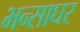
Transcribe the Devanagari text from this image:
भन्साघर